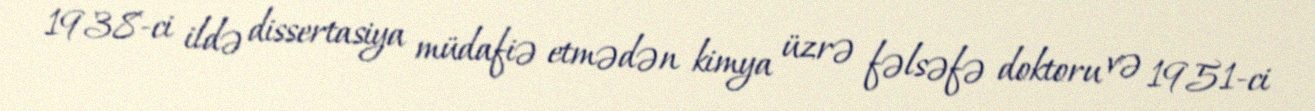
1938-ci ildə dissertasiya müdafiə etmədən kimya üzrə fəlsəfə doktoru və 1951-ci